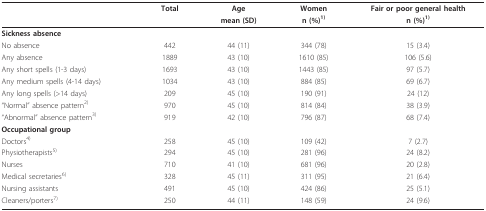
<table><thead><tr><td></td><td><b>Total</b></td><td><b>Age</b></td><td><b>Women</b></td><td><b>Fair or poor general health</b></td></tr><tr><td></td><td></td><td><b>mean (SD)</b></td><td><b>n (%)<sup>1)</sup></b></td><td><b>n (%)<sup>1)</sup></b></td></tr></thead><tbody><tr><td><b>Sickness absence</b></td><td></td><td></td><td></td><td></td></tr><tr><td>No absence</td><td>442</td><td>44 (11)</td><td>344 (78)</td><td>15 (3.4)</td></tr><tr><td>Any absence</td><td>1889</td><td>43 (10)</td><td>1610 (85)</td><td>106 (5.6)</td></tr><tr><td>Any short spells (1-3 days)</td><td>1693</td><td>43 (10)</td><td>1443 (85)</td><td>97 (5.7)</td></tr><tr><td>Any medium spells (4-14 days)</td><td>1034</td><td>43 (10)</td><td>884 (85)</td><td>69 (6.7)</td></tr><tr><td>Any long spells (&gt;14 days)</td><td>209</td><td>45 (10)</td><td>190 (91)</td><td>24 (12)</td></tr><tr><td>&quot;Normal&quot; absence pattern<sup>2)</sup></td><td>970</td><td>45 (10)</td><td>814 (84)</td><td>38 (3.9)</td></tr><tr><td>&quot;Abnormal&quot; absence pattern<sup>3)</sup></td><td>919</td><td>42 (10)</td><td>796 (87)</td><td>68 (7.4)</td></tr><tr><td><b>Occupational group</b></td><td></td><td></td><td></td><td></td></tr><tr><td>Doctors<sup>4)</sup></td><td>258</td><td>45 (10)</td><td>109 (42 )</td><td>7 (2.7)</td></tr><tr><td>Physiotherapists<sup>5)</sup></td><td>294</td><td>45 (10)</td><td>281 (96 )</td><td>24 (8.2)</td></tr><tr><td>Nurses</td><td>710</td><td>41 (10)</td><td>681 (96 )</td><td>20 (2.8)</td></tr><tr><td>Medical secretaries<sup>6)</sup></td><td>328</td><td>45 (11)</td><td>311 (95)</td><td>21 (6.4)</td></tr><tr><td>Nursing assistants</td><td>491</td><td>45 (10)</td><td>424 (86)</td><td>25 (5.1)</td></tr><tr><td>Cleaners/porters<sup>7)</sup></td><td>250</td><td>44 (11)</td><td>148 (59)</td><td>24 (9.6)</td></tr></tbody></table>